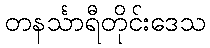
တနင်္သာရီတိုင်းဒေသ